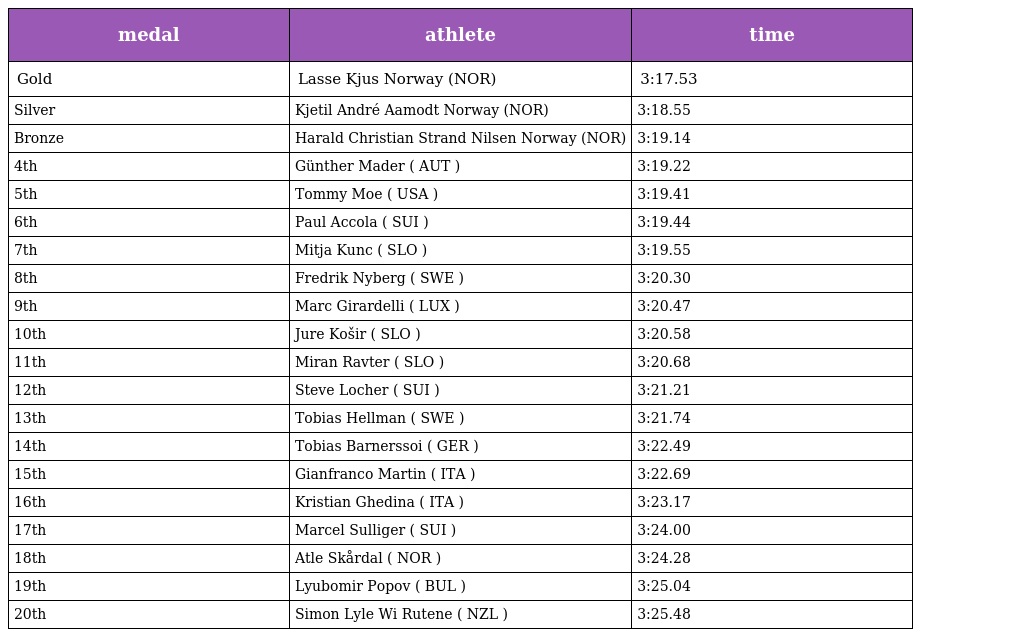
| medal | athlete | time |
 | --- | --- | --- |
 | Gold | Lasse Kjus Norway (NOR) | 3:17.53 |
 | Silver | Kjetil André Aamodt Norway (NOR) | 3:18.55 |
 | Bronze | Harald Christian Strand Nilsen Norway (NOR) | 3:19.14 |
 | 4th | Günther Mader ( AUT ) | 3:19.22 |
 | 5th | Tommy Moe ( USA ) | 3:19.41 |
 | 6th | Paul Accola ( SUI ) | 3:19.44 |
 | 7th | Mitja Kunc ( SLO ) | 3:19.55 |
 | 8th | Fredrik Nyberg ( SWE ) | 3:20.30 |
 | 9th | Marc Girardelli ( LUX ) | 3:20.47 |
 | 10th | Jure Košir ( SLO ) | 3:20.58 |
 | 11th | Miran Ravter ( SLO ) | 3:20.68 |
 | 12th | Steve Locher ( SUI ) | 3:21.21 |
 | 13th | Tobias Hellman ( SWE ) | 3:21.74 |
 | 14th | Tobias Barnerssoi ( GER ) | 3:22.49 |
 | 15th | Gianfranco Martin ( ITA ) | 3:22.69 |
 | 16th | Kristian Ghedina ( ITA ) | 3:23.17 |
 | 17th | Marcel Sulliger ( SUI ) | 3:24.00 |
 | 18th | Atle Skårdal ( NOR ) | 3:24.28 |
 | 19th | Lyubomir Popov ( BUL ) | 3:25.04 |
 | 20th | Simon Lyle Wi Rutene ( NZL ) | 3:25.48 |